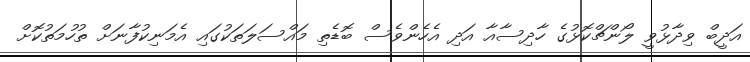
އަދީބް ވިދާޅުވީ ލޯންޗްކޮޅުގެ ހާދިސާއާ އަދި އެހެންވެސް ބޮޑެތި މައްސަލަތަކުގައި އެމަނިކުފާނަށް ތުހުމަތުކޮށް